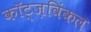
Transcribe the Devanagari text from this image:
कॉट्ज़विंकल